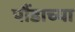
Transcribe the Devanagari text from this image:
पौंडाच्या